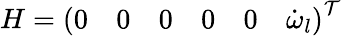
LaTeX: H=\left(\begin{array}{cccccc}{0}&{0}&{0}&{0}&{0}&{\dot{\omega}_{l}}\end{array}\right)^{\mathcal{T}}